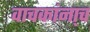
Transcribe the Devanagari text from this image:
वाचकांना्च